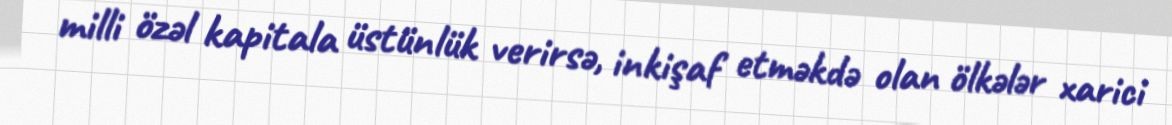
milli özəl kapitala üstünlük verirsə, inkişaf etməkdə olan ölkələr xarici